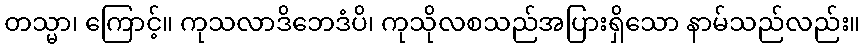
တသ္မာ၊ ကြောင့်။ ကုသလာဒိဘေဒံပိ၊ ကုသိုလစသည်အပြားရှိသော နာမ်သည်လည်း။